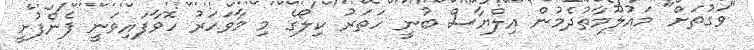
"ވަގުތަށް" މައުލޫމާތުދެމުން އިލްޔާސް ބުނީ ހަތަރު ކިލޯގެ މި މާވަހަރު ހޮވާފައިވަނީ ފެންފުށީ